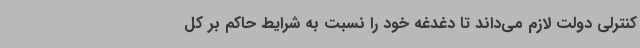
کنترلی دولت لازم می‌داند تا دغدغه خود را نسبت به شرایط حاکم بر کل